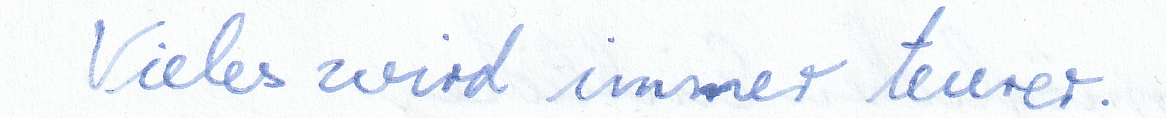
Vieles wird immer teurer.